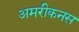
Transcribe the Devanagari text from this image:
अमरीकनस